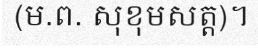
(ម.ព. សុខុមសត្ត)។